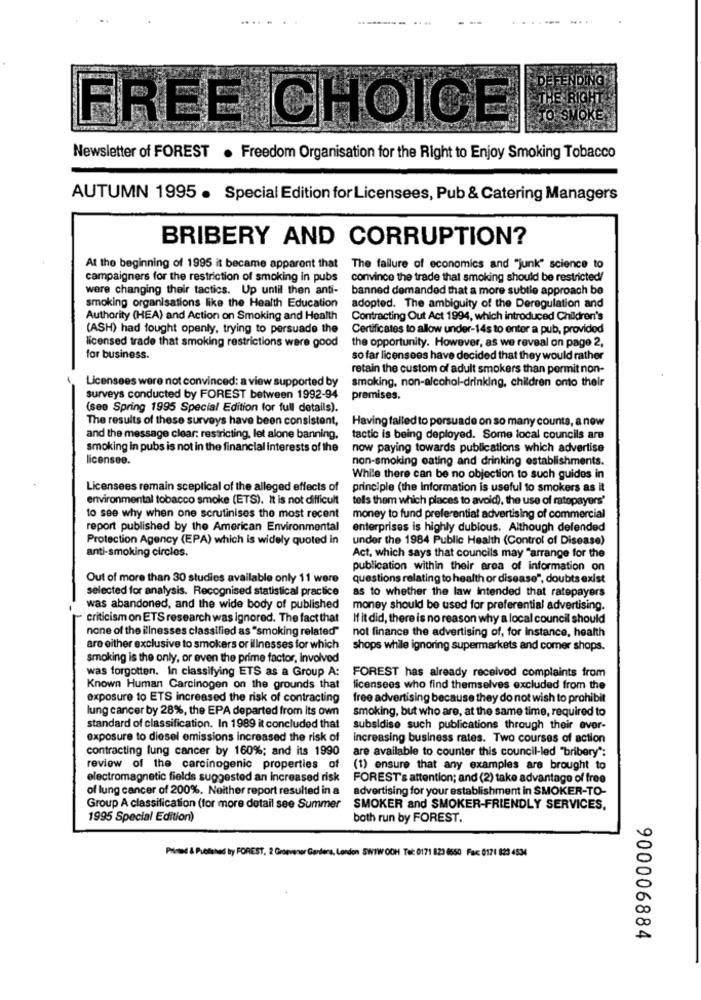
-------
....
DEFENDING
THE RIGHT
TO SMOKE
FREE CHOICE
Newsletter of FOREST . Freedom Organisation for the Right to Enjoy Smoking Tobacco
AUTUMN 1995 . Special Edition for Licensees, Pub & Catering Managers
BRIBERY AND CORRUPTION?
At the beginning of 1995 it became apparent that
The failure of economics and "junk" science to
campaigners for the restriction of smoking in pubs
convince the trade that smoking should be restricted/
were changing their tactics. Up until then anti-
banned demanded that a more subtle approach be
smoking organisations like the Health Education
adopted. The ambiguity of the Deregulation and
Authority (HEA) and Action on Smoking and Health
Contracting Out Act 1994, which introduced Children's
(ASH) had fought openly, trying to persuade the
Certificates to allow under-14s to enter a pub, provided
licensed trade that smoking restrictions were good
the opportunity. However, as we reveal on page 2,
for business.
so far licensees have decided that they would rather
retain the custom of adult smokers than pormit non-
Licensees were not convinced: a view supported by
smoking, non-alcohol-drinking, children onto their
surveys conducted by FOREST between 1992-94
premises.
(seo Spring 1995 Special Edition for full details).
The results of these surveys have been consistent,
Having failed to persuade on so many counts, a now
and the message clear: restricting, let alone banning,
tactic is being deployed. Some local councils are
smoking in pubs is not in the financial interests of the
now paying towards publications which advertise
licensee.
non-smoking eating and drinking establishments.
While there can be no objection to such guides in
Licensees remain sceptical of the alleged effects of
principle (the Information is useful to smokers as it
environmental tobacco smoke (ETS). It is not difficult
tolls them which places to avoid), the use of ratopayers'
to see why when one scrutinises the most recent
money to fund preferential advertising of commercial
report published by the American Environmental
enterprises is highly dubious. Although defended
Protection Agency (EPA) which is widely quoted in
under the 1984 Public Health (Control of Disease)
anti-smoking circles.
Act, which says that councils may "arrange for the
publication within their area of information on
Out of more than 30 studies available only 11 were
questions relating to health or disease", doubts exist
selected for analysis. Recognised statistical practice
as to whether the law intended that ratepayers
was abandoned, and the wide body of published
money should be used for preferential advertising.
criticism on ETS research was ignored. The fact that
If it did, there is no reason why a local council should
none of the illnesses classified as "smoking related"
not finance the advertising of, for Instance, health
are either exclusive to smokers or illnesses for which
shops while ignoring supermarkets and comer shops.
smoking is the only, or even the prime factor, Involved
was forgotten. In classifying ETS as a Group A:
FOREST has already received complaints from
Known Human Carcinogen on the grounds that
licensees who find themselves excluded from the
exposure to ETS increased the risk of contracting
free advertising because they do not wish to prohibit
lung cancer by 28%, the EPA departed from its own
smoking, but who are, at the same time, required to
standard of classification. In 1989 it concluded that
subsidise such publications through their over-
exposure to diesel emissions increased the risk of
Increasing business rates. Two courses of action
contracting lung cancer by 160%; and its 1990
are available to counter this council-led "bribery":
review of the carcinogenic properties of
(1) ensure that any examples are brought to
electromagnetic fields suggested an Increased risk
FOREST's attention; and (2) take advantage of free
of lung cancer of 200%. Neither report resulted in a
advertising for your establishment in SMOKER-TO-
Group A classification (for more detail see Summer
SMOKER and SMOKER-FRIENDLY SERVICES,
1995 Special Edition)
both run by FOREST.
Pinsd & Published by FOREST, 2 Grosvenor Gardera, London SWTW OOH Tel: 0171 823 0650 Fax: 0171 823 4534
900006884